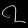
Digit: ၇